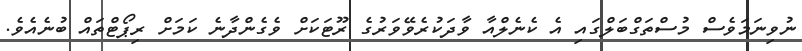
ނުވިނަމަވެސް މުސްތަގްބަލްގައި އެ ކެނެލްއާ ވާދަކުރެވޭވަރުގެ ރޫޓަކަށް ވެގެންދާނެ ކަމަށް ރިޕޯޓްތައް ބުނެއެވެ.